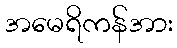
အမေရိကန်အား